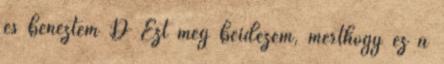
és benéztem :D Ezt még beidézem, merthogy ez a